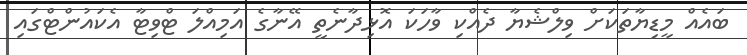
ބައެއް މީޑިޔާތަކަށް ވިލްޝެޔާ ދެއްކި ވާހަކަ އޮޅިދާނެތީ އޭނާގެ އަމިއްލަ ޓްވިޓާ އެކައުންޓްގައި